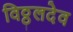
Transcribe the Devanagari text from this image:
विठ्ठलदेव